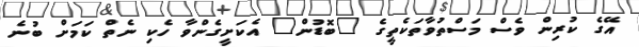
އޭގެ ކުރިން ވެސް މަސްތުވާތަކެތީގެ "ބޮޑުން" އެކަށީގެންވާ ހެކި ނެތް ކަމަށް ބުނެ